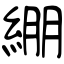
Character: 綳